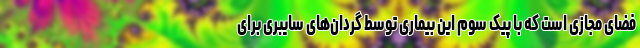
فضای مجازی است که با پیک سوم این بیماری توسط گردان‌های سایبری برای